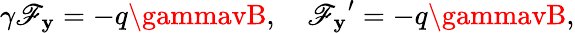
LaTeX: \gamma\mathscr{F}_{\mathbf{y}}=-q\gammavB,\quad{\mathscr{F}_{\mathbf{y}}}^{\prime}=-q\gammavB,